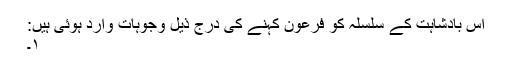
اس بادشاہت کے سلسلہ کو فرعون کہنے کی درج ذیل وجوہات وارد ہوئی ہیں:
۱۔